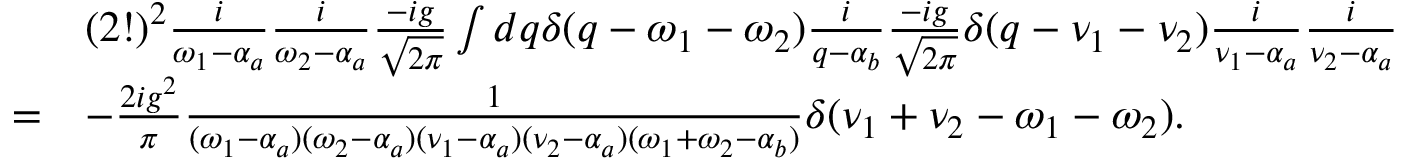
\begin{array} { r l } & { ( 2 ! ) ^ { 2 } \frac { i } { \omega _ { 1 } - \alpha _ { a } } \frac { i } { \omega _ { 2 } - \alpha _ { a } } \frac { - i g } { \sqrt { 2 \pi } } \int d q \delta ( q - \omega _ { 1 } - \omega _ { 2 } ) \frac { i } { q - \alpha _ { b } } \frac { - i g } { \sqrt { 2 \pi } } \delta ( q - \nu _ { 1 } - \nu _ { 2 } ) \frac { i } { \nu _ { 1 } - \alpha _ { a } } \frac { i } { \nu _ { 2 } - \alpha _ { a } } } \\ { = } & { - \frac { 2 i g ^ { 2 } } { \pi } \frac { 1 } { ( \omega _ { 1 } - \alpha _ { a } ) ( \omega _ { 2 } - \alpha _ { a } ) ( \nu _ { 1 } - \alpha _ { a } ) ( \nu _ { 2 } - \alpha _ { a } ) ( \omega _ { 1 } + \omega _ { 2 } - \alpha _ { b } ) } \delta ( \nu _ { 1 } + \nu _ { 2 } - \omega _ { 1 } - \omega _ { 2 } ) . } \end{array}